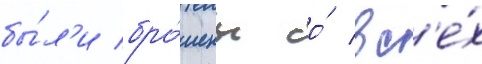
бы́л'и бро́шены со́ вс'е́х